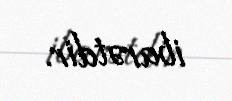
ibarətdir.